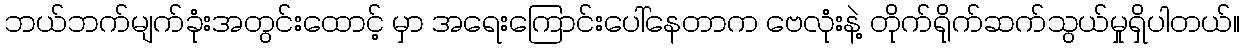
ဘယ်ဘက်မျက်ခုံးအတွင်းထောင့် မှာ အရေးကြောင်းပေါ်နေတာက ဗေလုံးနဲ့ တိုက်ရိုက်ဆက်သွယ်မှုရှိပါတယ်။